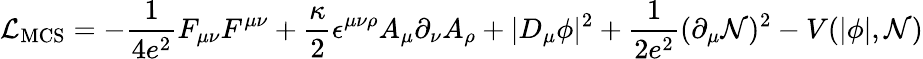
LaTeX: {\cal L}_{\mathrm{MCS}}=-\frac{1}{4e^{2}}F_{\mu\nu}F^{\mu\nu}+\frac{\kappa}{2}\epsilon^{\mu\nu\rho}A_{\mu}\partial_{\nu}A_{\rho}+|D_{\mu}\phi|^{2}+\frac{1}{2e^{2}}(\partial_{\mu}{\cal N})^{2}-V(|\phi|,{\cal N})